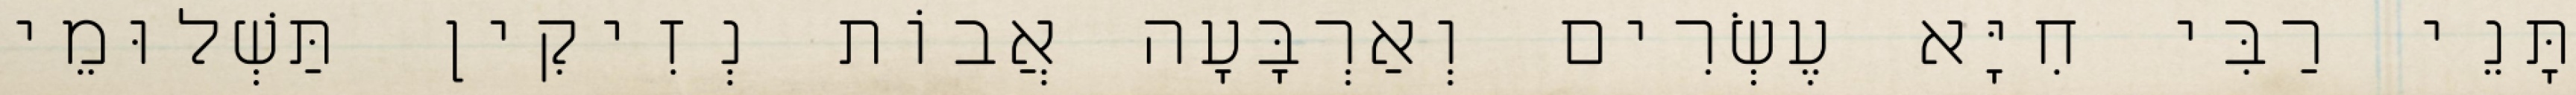
תָּנֵי רַבִּי חִיָּא עֶשְׂרִים וְאַרְבָּעָה אֲבוֹת נְזִיקִין תַּשְׁלוּמֵי